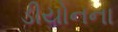
ડીયોનના